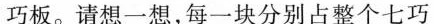
巧板。请想一想，每一块分别占整个七巧